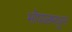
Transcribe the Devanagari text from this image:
भोपाळमधून